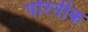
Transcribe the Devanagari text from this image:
पोरनीक